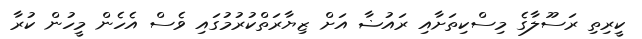
ކީރިތި ރަސޫލާގެ މިސްކިތަށާއި ރައުޟާ އަށް ޒިޔާރަތްކުރުމުގައި ވެސް އެހެން މީހުން ކުރާ